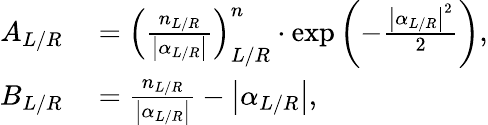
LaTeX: \begin{array}{rl}{A_{L/R}}&{{}=\left(\frac{n_{L/R}}{\left|\alpha_{L/R}\right|}\right)_{L/R}^{n}\cdot\exp\left(-\frac{\left|\alpha_{L/R}\right|^{2}}{2}\right),}\\ {B_{L/R}}&{{}=\frac{n_{L/R}}{\left|\alpha_{L/R}\right|}-\left|\alpha_{L/R}\right|,}\end{array}